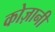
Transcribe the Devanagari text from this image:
कोज़ानी